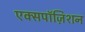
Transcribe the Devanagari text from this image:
एक्सपॉज़िशन